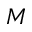
\cal M